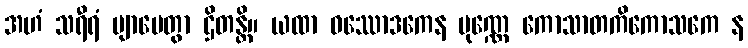
အဟံ သရီရံ ဗျာပေတွာ ဌိတန္တိ။ ယထာ ဝဿောဒကေန ပုဏ္ဏေ ကောသာတကိကောသကေ န